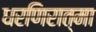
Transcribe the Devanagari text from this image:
धरणिरात्मा